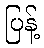
ပြန့်